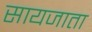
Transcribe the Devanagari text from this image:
सायजाता